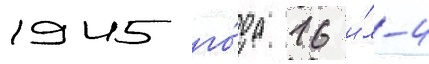
1945 го́да 16 и́л-4